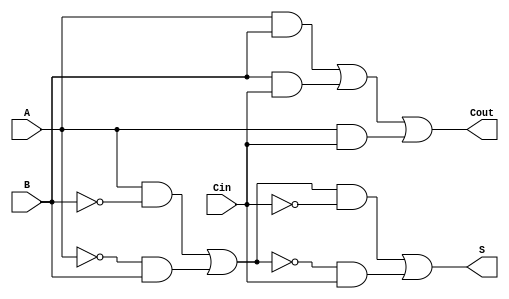
module TransmissionGateFullAdder (
    input wire A,      // First single-bit input
    input wire B,      // Second single-bit input
    input wire Cin,    // Carry-in input
    output wire S,     // Sum output
    output wire Cout   // Carry-out output
);

    wire AB_and, BC_and, AC_and;  // Intermediate AND results
    wire A_xor_B, A_xor_B_xor_Cin; // Intermediate XOR results

    // Transmission Gate for A AND B
    assign AB_and = A & B;

    // Transmission Gate for B AND Cin
    assign BC_and = B & Cin;

    // Transmission Gate for A AND Cin
    assign AC_and = A & Cin;

    // First XOR (A XOR B)
    assign A_xor_B = (A & ~B) | (~A & B);
    
    // Second XOR ((A XOR B) XOR Cin)
    assign A_xor_B_xor_Cin = (A_xor_B & ~Cin) | (~A_xor_B & Cin);

    // Final Outputs
    assign S = A_xor_B_xor_Cin; // Sum output
    assign Cout = AB_and | BC_and | AC_and; // Carry-out output

endmodule